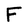
Character: F